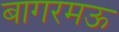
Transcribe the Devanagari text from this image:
बागरमऊ